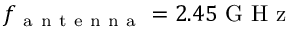
f _ { \mathrm { ~ a ~ n ~ t ~ e ~ n ~ n ~ a ~ } } = 2 . 4 5 \mathrm { ~ G ~ H ~ z ~ }